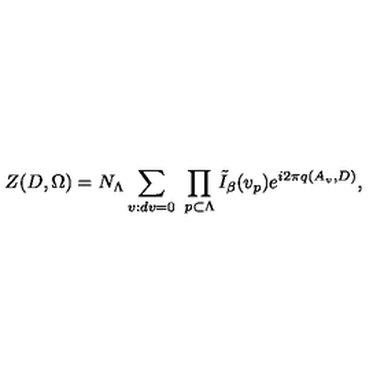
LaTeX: \left. Z ( D , \Omega ) = N _ { \Lambda } \sum _ { v : d v = 0 } \ \prod _ { p \subset \Lambda } \tilde { I } _ { \beta } ( v _ { p } ) e ^ { i 2 \pi q ( A _ { v } , D ) } , \right.